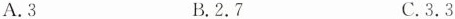
A.3 B.2.7 C.3.3